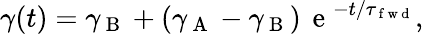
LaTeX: \gamma(t)=\gamma_{\mathrm{~B~}}+(\gamma_{\mathrm{~A~}}-\gamma_{\mathrm{~B~}})\, \mathrm{~e~}^{-t/\tau_{\mathrm{~f~w~d~}}},